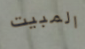
المبيت